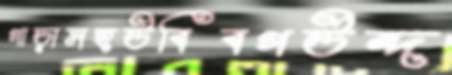
গাড়াসহউবিবগউন্দ